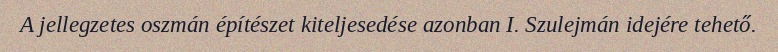
A jellegzetes oszmán építészet kiteljesedése azonban I. Szulejmán idejére tehető.